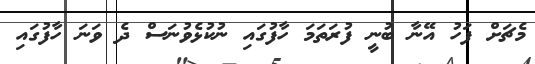
މެޗަށް ފަހު އޭނާ ބުނީ ފުރަތަމަ ހާފުގައި ނުކުޅެވުނަސް ދެ ވަނަ ހާފުގައި